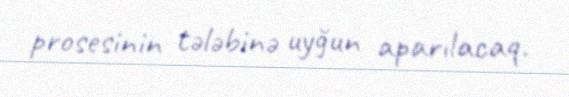
prosesinin tələbinə uyğun aparılacaq.